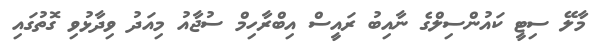
މާލޭ ސިޓީ ކައުންސިލްގެ ނާއިބު ރައީސް އިބްރާހިމް ސުޖާއު މިއަދު ވިދާޅުވި ގޮތުގައި